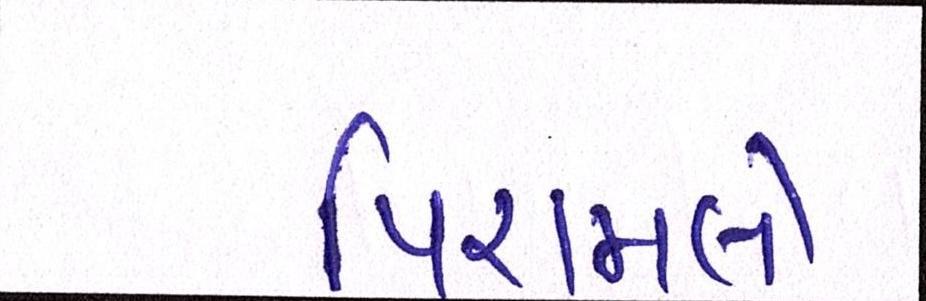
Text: પિરામલે